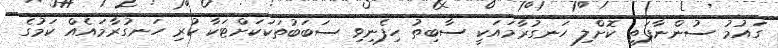
ގައުމު ސުންނާފަތި ކޮށްލި ހަނގުރާމައަކީ ސާބިތު ހިފެނިވި ސަބަބުތަކަކަށްޓަކާ ކުރި ހަނގުރާމައެއް ކަމުގެ